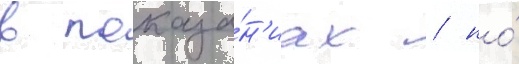
в показа́н'иах / но́